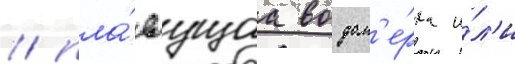
/ пла́ваущаа водом'е́рка и́л'и